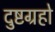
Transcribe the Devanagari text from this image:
दुष्टग्रहो